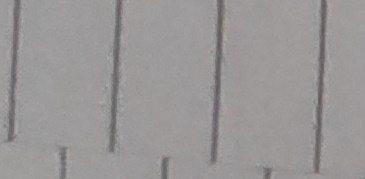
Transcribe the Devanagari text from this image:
११११